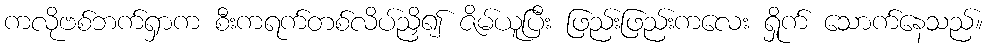
ကလိုဗစ်ဘက်ရှာက စီးကရက်တစ်လိပ်ညှိ၍ ဇိမ်ယူပြီး ဖြည်းဖြည်းကလေး ရှိုက် သောက်နေသည်။